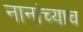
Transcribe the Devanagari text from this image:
नानांच्याच